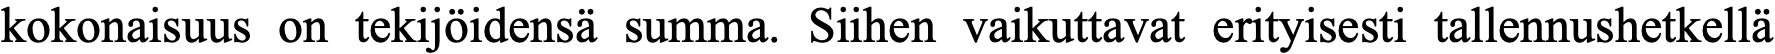
kokonaisuus on tekijöidensä summa. Siihen vaikuttavat erityisesti tallennushetkellä